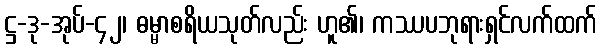
ဋ္ဌ-ဒု-အုပ်-၄၂၊ ဓမ္မာစရိယသုတ်လည်း ဟူ၏၊ ကဿပဘုရားရှင်လက်ထက်